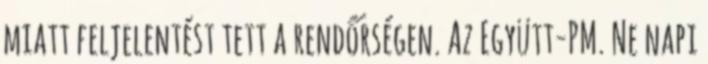
miatt feljelentést tett a rendőrségen. Az Együtt-PM. Ne napi